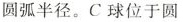
圆弧半径。C球位于圆